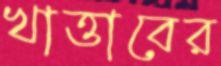
খাত্তাবের